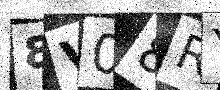
Text: 8V08RY